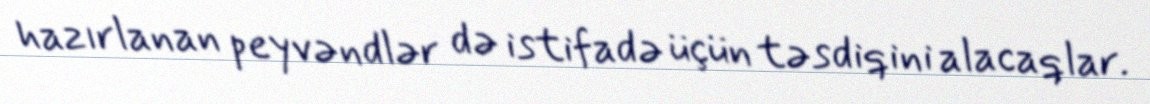
hazırlanan peyvəndlər də istifadə üçün təsdiqini alacaqlar.